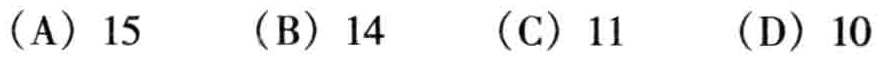
（A）15 （B）14 （C）11 （D）10